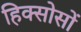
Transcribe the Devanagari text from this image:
हिक्सोसों